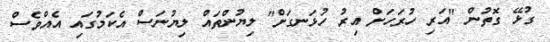
ގުޅޭ ގޮތުން "އަރި ހުރަހަށް އިރު ހުޅަނގަށް" ލިޔުންތައް ލިޔުނަސް އެކަމުގައި އެއްވެސް